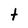
Character: t